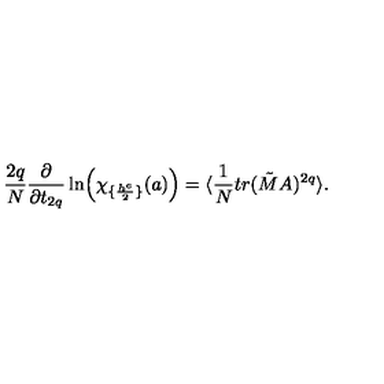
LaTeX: { \frac { 2 q } { N } } { \frac { \partial } { \partial t _ { 2 q } } } \ln \Bigl ( \chi _ { \{ { \frac { h ^ { e } } { 2 } } \} } ( a ) \Bigr ) = \langle { \frac { 1 } { N } } t r ( \tilde { M } A ) ^ { 2 q } \rangle .